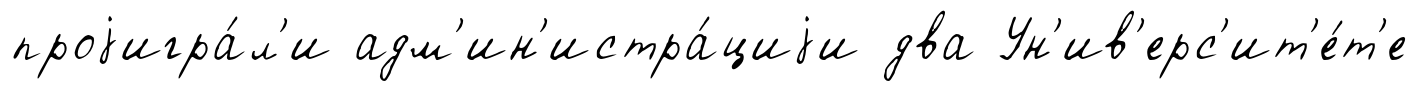
проjигра́л'и адм'ин'истра́циjи два Ун'ив'ерс'ит'е́т'е